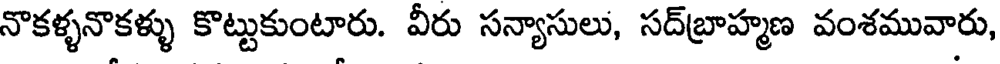
నొకళ్ళనొకళ్ళు కొట్టుకుంటారు. వీరు సన్యాసులు, సద్బ్రాహ్మణ వంశమువారు,